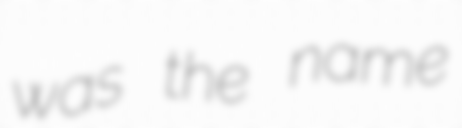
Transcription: was the name